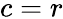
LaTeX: c=r